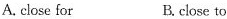
A. close for B.close to